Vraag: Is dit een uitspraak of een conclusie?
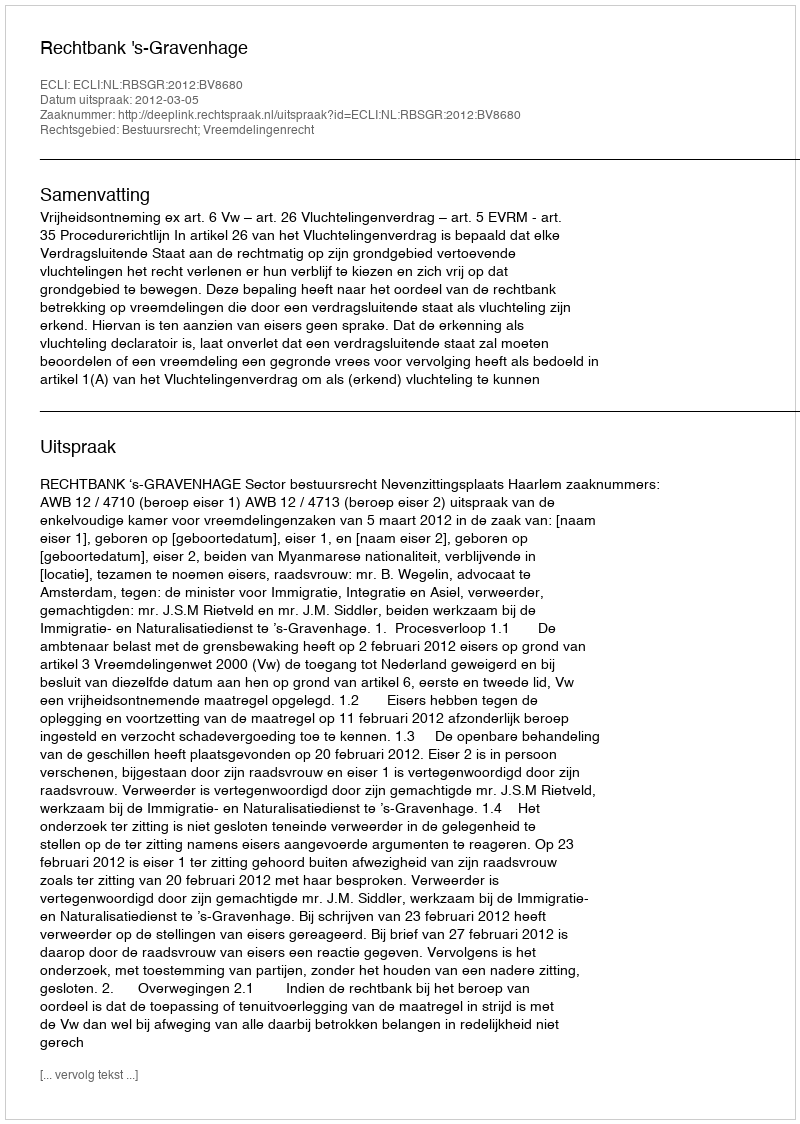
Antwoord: Uitspraak